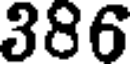
386